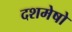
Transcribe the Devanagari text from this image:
दशमेषो